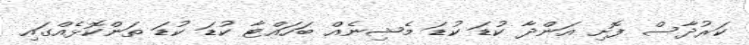
ކަރުދާސް ފޮށި އަންދާ ކުޑަ ކުޑަ މެޝިނެއް ބަހައްޓާ ކުޑަ ކުޑަ ތަންކޮޅެއްގައި